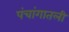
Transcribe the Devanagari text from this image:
पंचांगातली